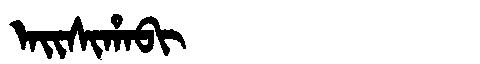
Manchu: ᠠᡳᠰᡳᡥᠠᠪᡳ
Romanization: AISIHABI